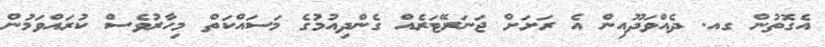
އެގޮތުން ގއ. ދެއްވަދޫއިން އެ ރަށަށް ޖަނަރޭޓަރެއް ގެންދިއުމުގެ މަސައްކަތް މިހާރުވެސް ކުރައްވަމުން